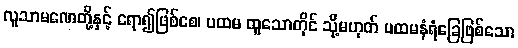
လူသာမဏေတို့နှင့် ရော၍ဖြစ်စေ၊ ပထမ ထူသောတိုင် သို့မဟုတ် ပထမနံရံခြေဖြစ်သော